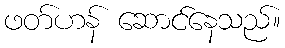
ဖတ်ဟန် ဆောင်နေသည်။